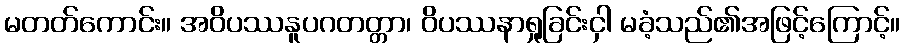
မတတ်ကောင်း။ အဝိပဿနူပဂတတ္တာ၊ ဝိပဿနာရှုခြင်းငှါ မခံ့သည်၏အဖြင့်ကြောင့်။